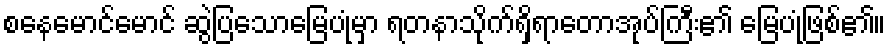
စနေမောင်မောင် ဆွဲပြသောမြေပုံမှာ ရတနာသိုက်ရှိရာတောအုပ်ကြီး၏ မြေပုံဖြစ်၏။